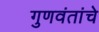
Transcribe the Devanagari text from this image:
गुणवंतांचे